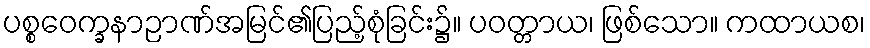
ပစ္စဝေက္ခနာဉာဏ်အမြင်၏ပြည့်စုံခြင်း၌။ ပဝတ္တာယ၊ ဖြစ်သော။ ကထာယစ၊